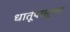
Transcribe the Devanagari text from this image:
धातूंपासूनच